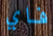
فاي